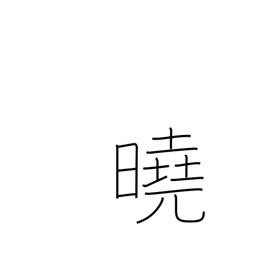
Meaning: explicit